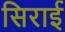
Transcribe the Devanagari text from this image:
सिराई